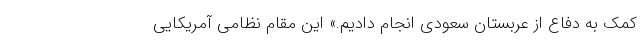
کمک به دفاع از عربستان سعودی انجام دادیم.» این مقام نظامی آمریکایی